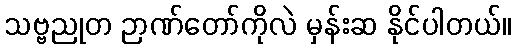
သဗ္ဗညုတ ဉာဏ်တော်ကိုလဲ မှန်းဆ နိုင်ပါတယ်။